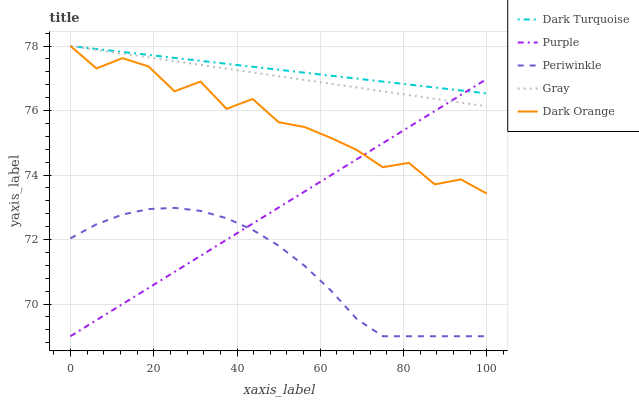
| xaxis_label | Dark Turquoise | Purple | Periwinkle | Gray | Dark Orange |
 | --- | --- | --- | --- | --- | --- |
 | 0 | 78 | 69 | 72 | 78 | 78 |
 | 6.25 | 77.9 | 69.5 | 72.5 | 77.9 | 77.3 |
 | 12.5 | 77.8 | 70 | 72.8 | 77.8 | 77.6 |
 | 18.8 | 77.7 | 70.5 | 72.9 | 77.6 | 77.4 |
 | 25 | 77.6 | 71 | 73 | 77.5 | 76.6 |
 | 31.2 | 77.5 | 71.5 | 72.9 | 77.4 | 76.9 |
 | 37.5 | 77.4 | 72 | 72.7 | 77.3 | 76.1 |
 | 43.8 | 77.4 | 72.5 | 72.3 | 77.2 | 76.4 |
 | 50 | 77.3 | 73 | 71.8 | 77.1 | 75.6 |
 | 56.2 | 77.2 | 73.5 | 71.2 | 76.9 | 75.5 |
 | 62.5 | 77.1 | 74 | 70.4 | 76.8 | 75.2 |
 | 68.8 | 77 | 74.5 | 69.5 | 76.7 | 74.8 |
 | 75 | 76.9 | 75 | 69 | 76.6 | 74.2 |
 | 81.2 | 76.8 | 75.5 | 69 | 76.5 | 74.4 |
 | 87.5 | 76.7 | 76 | 69 | 76.4 | 73.7 |
 | 93.8 | 76.6 | 76.5 | 69 | 76.2 | 73.9 |
 | 100 | 76.5 | 77 | 69 | 76.1 | 73.4 |